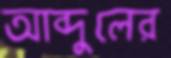
আব্দুলের